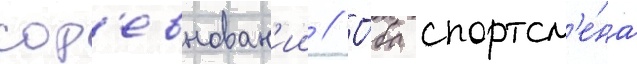
сор'евнован'ии // О́ба спортсм'е́на